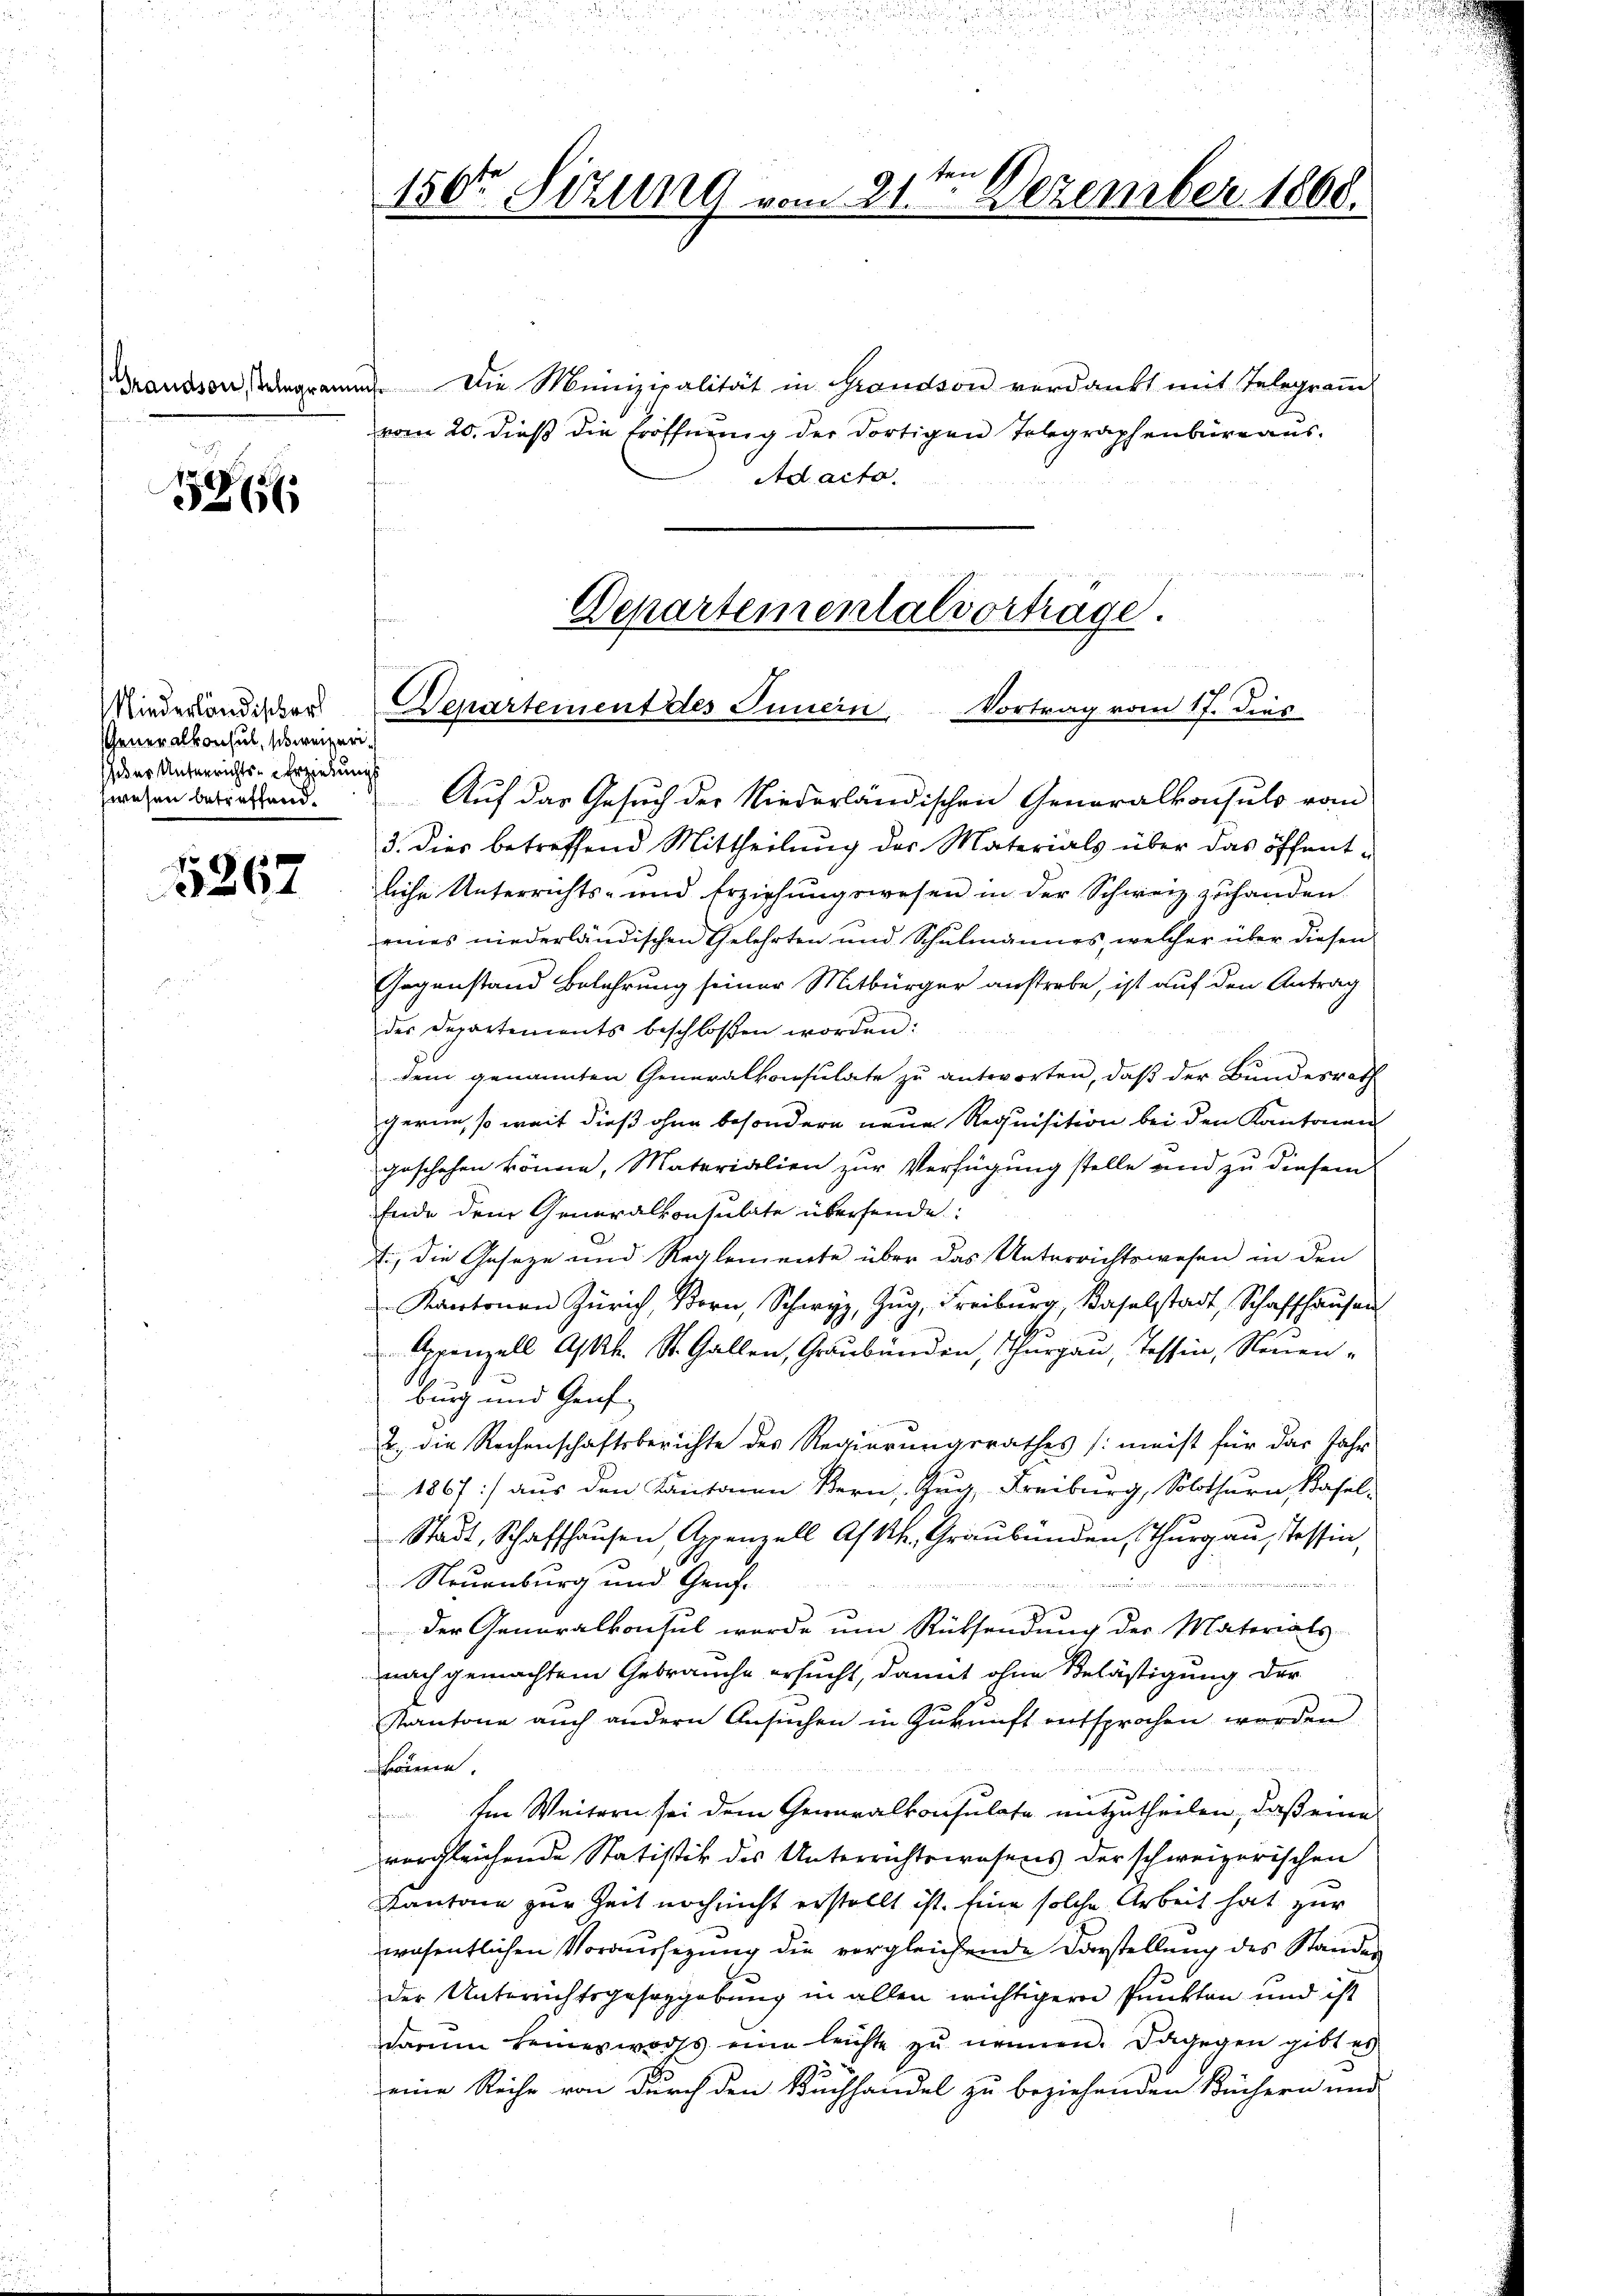
5866

Miederländischer
Generalkonsul, schweizeriheder Unterrichts-Erziehungs
zwesen betreffend.

.
3267

Grandson degramm. Die Munizipalität in Grandson verdankt mit Telegram
vom 20. dieß die Eröffnung der dortigen Telegraphenbüreaus
Adacto
in Verlesen

150ten Sizung vom 21te͇n Dezember 1868.

Departementalvortrage.
Departement des Innern, Vortrag vom 17. dies

Auf das Gesuch der Niederländischen Generalkonsuls vom
3. Dies betreffend Mittheilung der Materials über das öffentliche Unterrichts- und Erziehŭngswesen in der Schweiz zuhanden.
eines niederländischen Gelehrten und Schulmannes, welcher über diesen
Gegenstand Belehrung seiner Mitbürger anstrebe, ist auf den Antrag
des Departements beschlossen worden:
dem genannten Generalkonsulate zu antworten, daß der Bundesrath
gerne, so weit dieß ohne besondern neue Requisition bei den Kantonen
geschehen könne, Materialien zur Verfügung stelle und zu diesem
Ende dem Generalkonsulate übersende:
fi, die Geseze und Reglemente über das Unterrichtswesen in den
 Zŭg Freiburg, Baselstadt, Schaffhaŭsen
Appenzell Askk. St. Gallen, Graubünden, Thurgau, Tessin, Neuenburg und Genf
2. die Rechenschaftsberichte des Regierungsrathes (meist für das Jahr
1867) aus den Kantonen Bern, Zug, Freiburg, Solothurn, Basel-
g
Stadt, Schaffhausen, Appenzell As kk. Graubünden, Thurgau, Tessin,
Neuenburg und Genfe

nimmer wi
der Generalkonsul wurde um Rücksendung der Materials-
nach gemachtem Gebrauche ersucht, damit ohne Belästigung der
Kantone auch andern Ansuchen in Zukunft entsprochen worden
könne
Im Weitern sei dem Generalkonsulate mitzutheilen, daß eine
vergleichende Statistik des Unterrichtswesens der schweizerischen
Kantone zur Zeit noch nicht erstellt ist. Eine solche Arbeit hat zur
wosentlichen Voraussezung die vergleichende Darstellung des Stander
der Unterrichtsgesetzgebung in allen wichtigeren Punkten und ist
darum keineswechs eine leichte zu nennen. Dagegen gibt es
eine Reihe von durch den Buchhandel zu beziehenden Büchern und